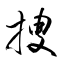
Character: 捜